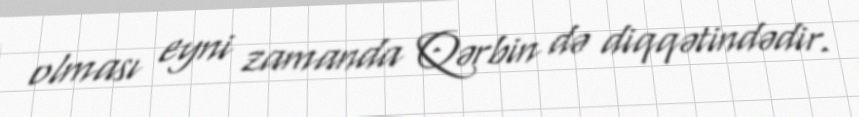
olması eyni zamanda Qərbin də diqqətindədir.